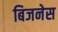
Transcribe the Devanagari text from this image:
बिजनेस